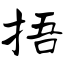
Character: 捂